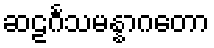
ဆဠင်္ဂသမန္နာဂတော